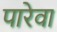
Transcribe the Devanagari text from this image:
पारेवा